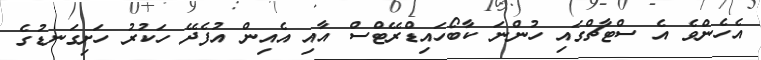
އެހެންވެ އެ ސްޓާޗްގައި ހުންނަ ކާބޯހައިޑްރޭޓްސް އާއި އެއިން އުފެދޭ ހަކުރު ހަށިގަނޑުގެ